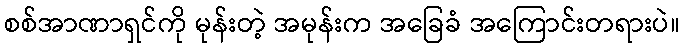
စစ်အာဏာရှင်ကို မုန်းတဲ့ အမုန်းက အခြေခံ အကြောင်းတရားပဲ။